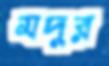
মদুর